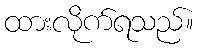
ထားလိုက်ရသည်။